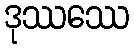
ဒုဿဿေ